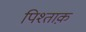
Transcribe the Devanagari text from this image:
पिश्ताक़